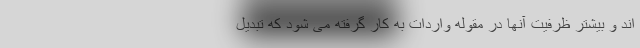
اند و بیشتر ظرفیت آنها در مقوله واردات به کار گرفته می شود که تبدیل